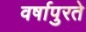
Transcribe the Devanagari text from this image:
वर्षापुरते